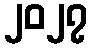
၂၀၂၇